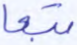
تبعا